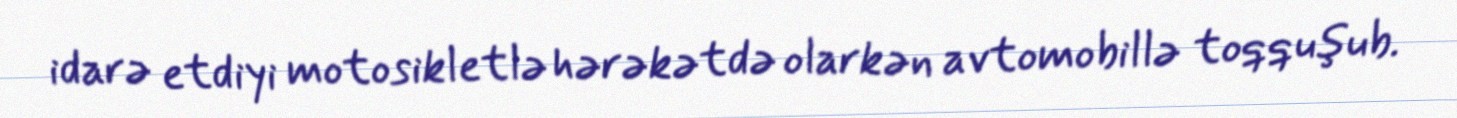
idarə etdiyi motosikletlə hərəkətdə olarkən avtomobillə toqquşub.